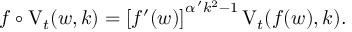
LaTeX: f \circ \mathrm { V } _ { t } ( w , k ) = \left[ f ^ { \prime } ( w ) \right] ^ { \alpha ^ { \, \prime } k ^ { 2 } - 1 } \mathrm { V } _ { t } ( f ( w ) , k ) .